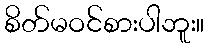
စိတ်မဝင်စားပါဘူး။